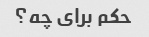
حکم برای چه؟